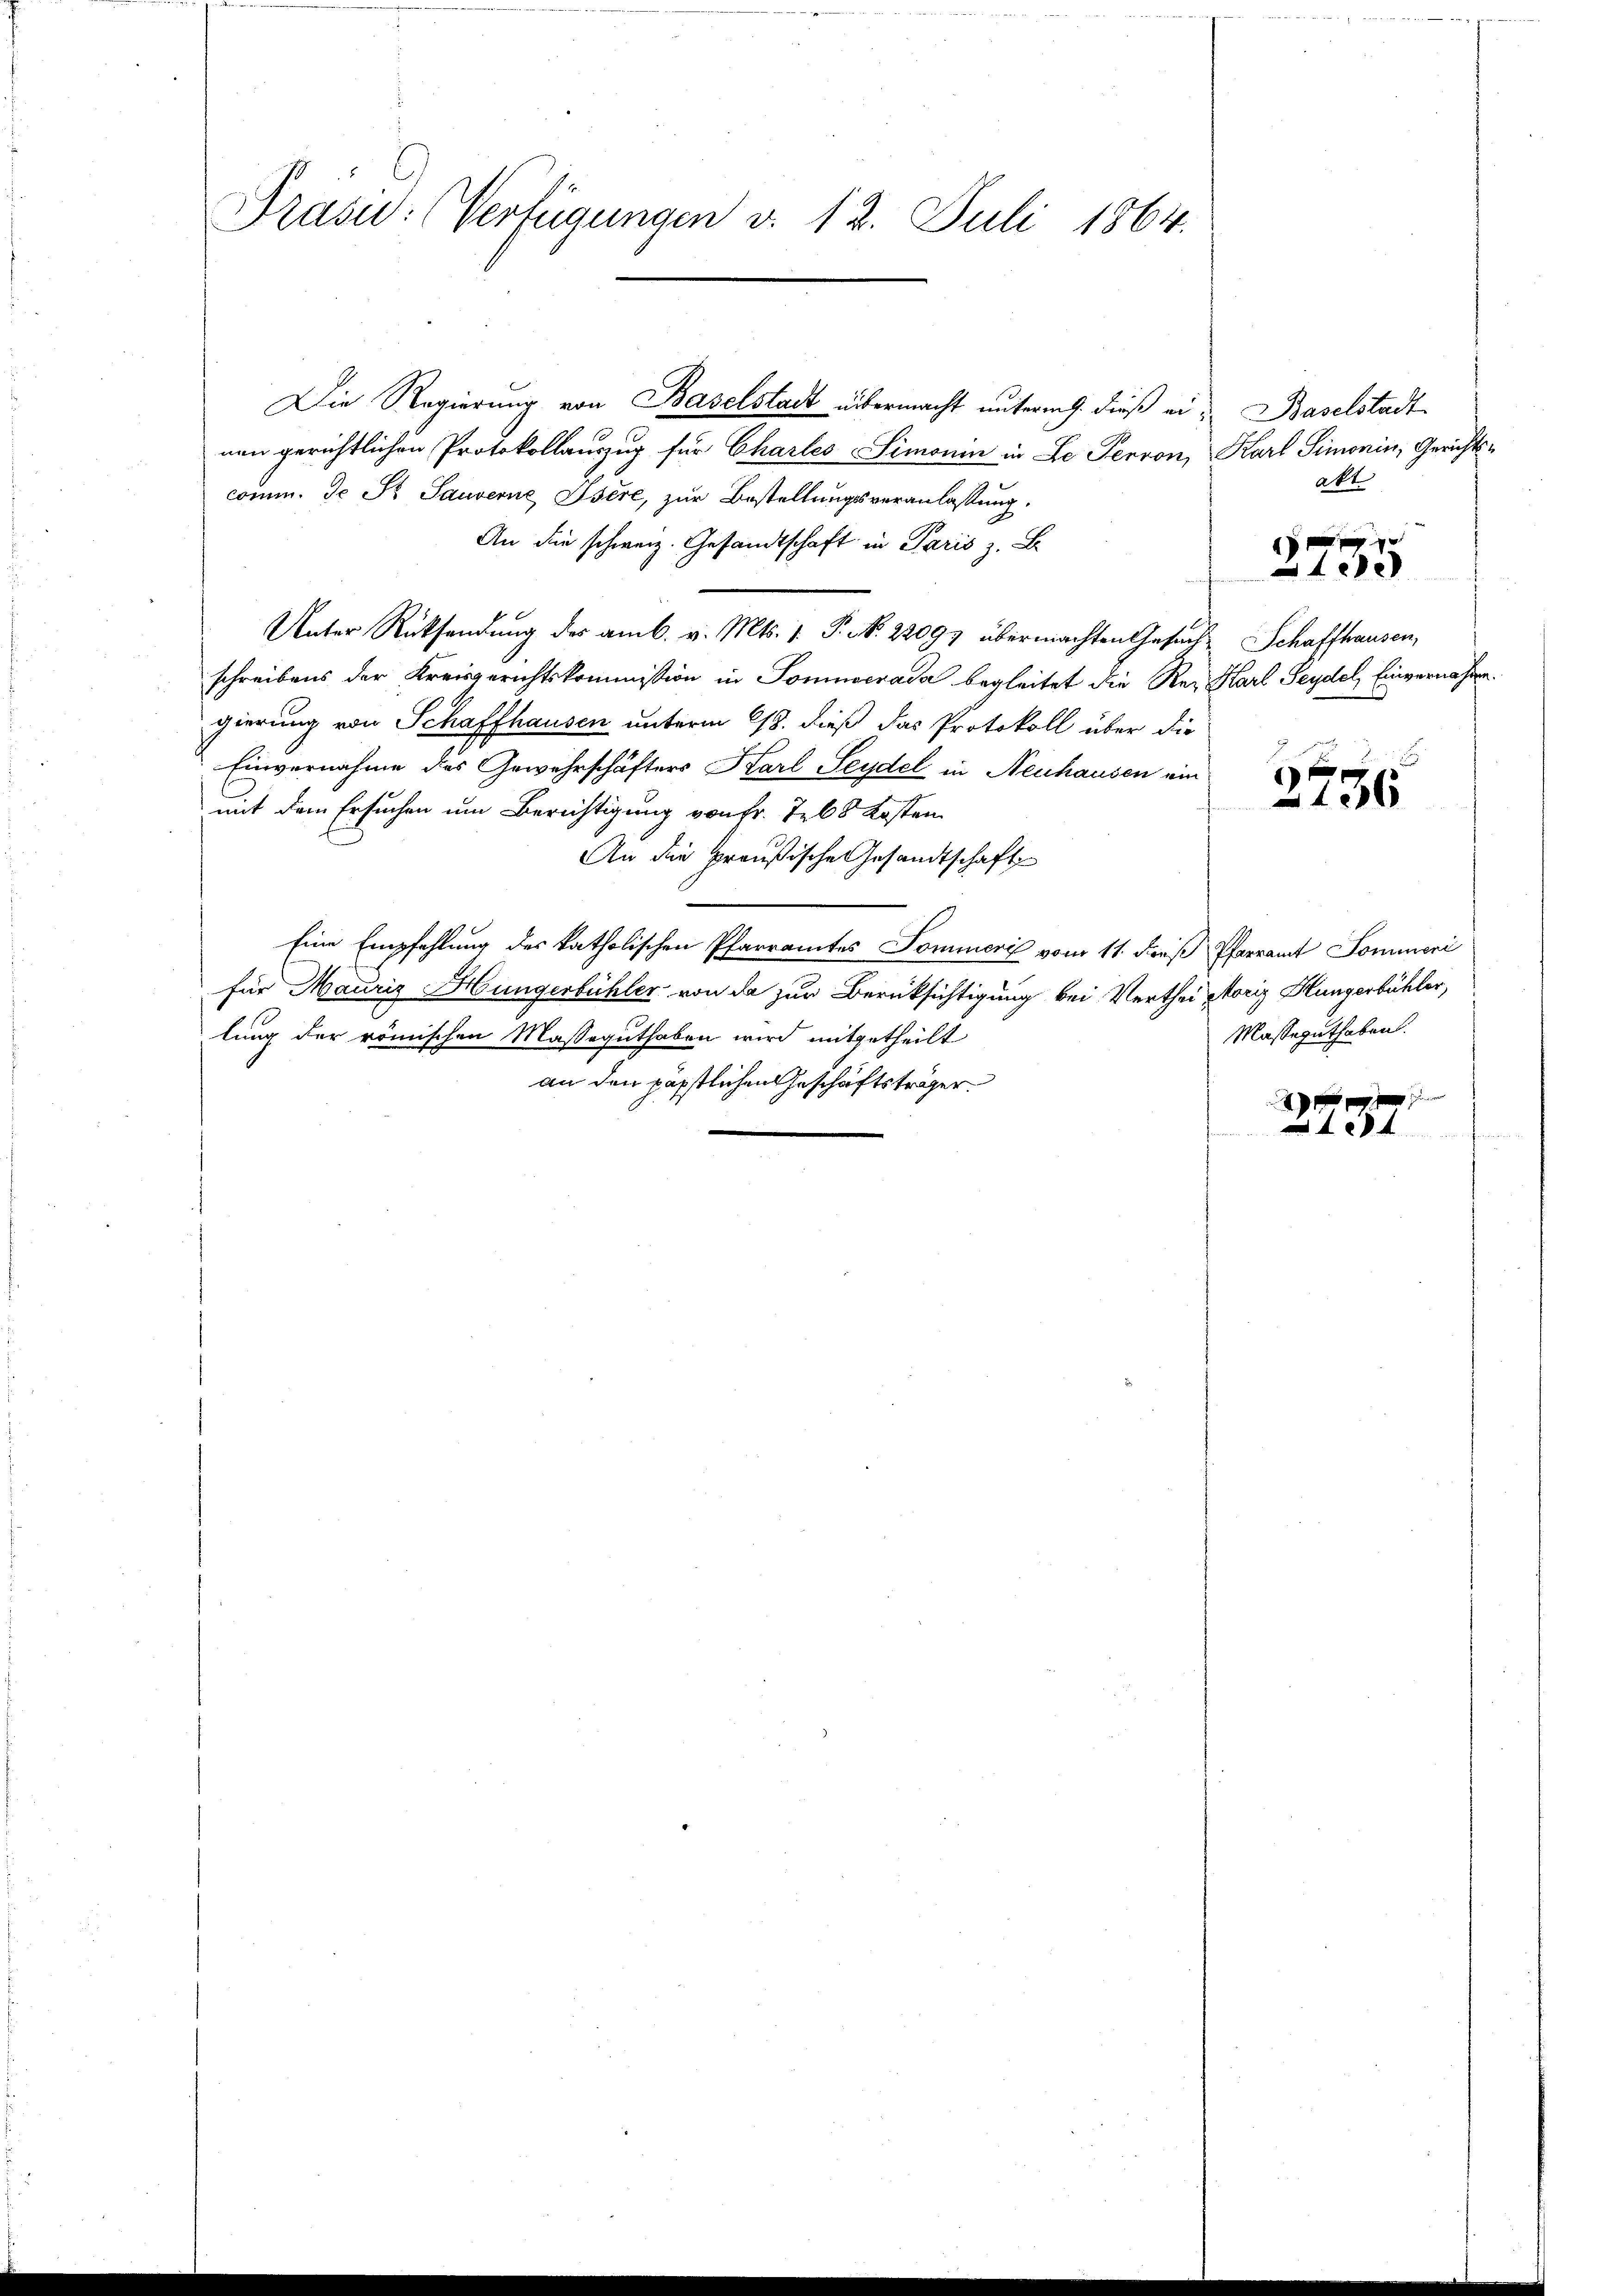
Präsid: Verfügungen v. 12. Juli 1864.

nen gerichtlichen Protokollauszug für Charles Simonin in Le Perron, Karl Simonin, Gerichtscomm. Je St. Sauverne Isère, zur Bestellungsveranlassung.
An die schweiz. Gesandtschaft in Paris z. B.
Unter Rücksendung der am 6. v. Mts. 1. P. N. 22097 übermachten Gesuch Schaffhausen,
schreibens der Kreisgerichtskommission in Sommerada begleitet die Rez Karl Seydel, Einvernahme.
gierung von Schaffhausen unterm 18. dieß das Protokoll über die
Einvernahme des Gewehrschäfters Karl Seydel in Neuhausen ein
fen
mit dem Ersuchen um Berichtigung von Fr. Teb8 Kosten
An die preußische Gesandtschaft
Eine Empfehlung des katholischen Pfarramtes Sommer vom 11. dieß Pfarramt Sommeri
für Mauriz Hungerbühler von da zur Berücksichtigung bei Vertheistoriz Hungerbühler,
lung der römischen Masseguthaben wird mitgetheilt
an den päpstlichen Geschäftsträger

Die Regierung von Baselstadt übermacht unterm 9. dieß ei¬

Baselstadt
akt

17 f 0 x
xx

2756

Masseguthaben.

x
184